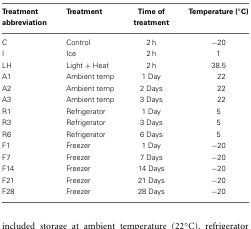
<table><thead><tr><td><b>Treatment abbreviation</b></td><td><b>Treatment</b></td><td><b>Time of treatment</b></td><td><b>Temperature (°C)</b></td></tr></thead><tbody><tr><td>C</td><td>Control</td><td>2 h</td><td>−20</td></tr><tr><td>I</td><td>Ice</td><td>2 h</td><td>1</td></tr><tr><td>LH</td><td>Light + Heat</td><td>2 h</td><td>38.5</td></tr><tr><td>A1</td><td>Ambient temp</td><td>1 Day</td><td>22</td></tr><tr><td>A2</td><td>Ambient temp</td><td>2 Days</td><td>22</td></tr><tr><td>A3</td><td>Ambient temp</td><td>3 Days</td><td>22</td></tr><tr><td>R1</td><td>Refrigerator</td><td>1 Day</td><td>5</td></tr><tr><td>R3</td><td>Refrigerator</td><td>3 Days</td><td>5</td></tr><tr><td>R6</td><td>Refrigerator</td><td>6 Days</td><td>5</td></tr><tr><td>F1</td><td>Freezer</td><td>1 Day</td><td>−20</td></tr><tr><td>F7</td><td>Freezer</td><td>7 Days</td><td>−20</td></tr><tr><td>F14</td><td>Freezer</td><td>14 Days</td><td>−20</td></tr><tr><td>F21</td><td>Freezer</td><td>21 Days</td><td>−20</td></tr><tr><td>F28</td><td>Freezer</td><td>28 Days</td><td>−20</td></tr></tbody></table>